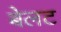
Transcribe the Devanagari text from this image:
बेलट